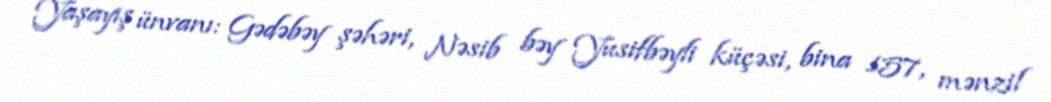
Yaşayış ünvanı: Gədəbəy şəhəri, Nəsib bəy Yusifbəyli küçəsi, bina 157, mənzil